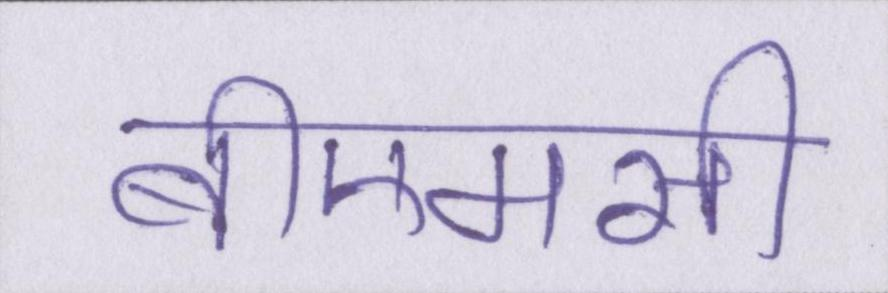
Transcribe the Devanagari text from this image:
बीएमसी